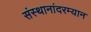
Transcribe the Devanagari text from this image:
संस्थानांदरम्यान